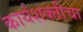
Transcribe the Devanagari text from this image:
कार्यशक्तीचा